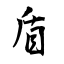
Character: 盾